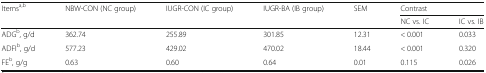
<table><thead><tr><td rowspan="2"><b>Items<sup>a,b</sup></b></td><td rowspan="2"><b>NBW-CON (NC group)</b></td><td rowspan="2"><b>IUGR-CON (IC group)</b></td><td rowspan="2"><b>IUGR-BA (IB group)</b></td><td rowspan="2"><b>SEM</b></td><td colspan="2"><b>Contrast</b></td></tr><tr><td><b>NC vs. IC</b></td><td><b>IC vs. IB</b></td></tr></thead><tbody><tr><td>ADG<sup>b</sup>, g/d</td><td>362.74</td><td>255.89</td><td>301.85</td><td>12.31</td><td>&lt; 0.001</td><td>0.033</td></tr><tr><td>ADFI<sup>b</sup>, g/d</td><td>577.23</td><td>429.02</td><td>470.02</td><td>18.44</td><td>&lt; 0.001</td><td>0.320</td></tr><tr><td>FE<sup>b</sup>, g/g</td><td>0.63</td><td>0.60</td><td>0.64</td><td>0.01</td><td>0.115</td><td>0.026</td></tr></tbody></table>